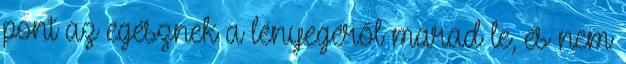
pont az egésznek a lényegéről marad le, és nem